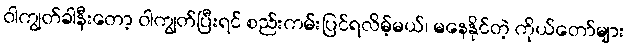
ဝါကျွတ်ခါနီးတော့ ဝါကျွတ်ပြီးရင် စည်းကမ်းပြင်ရလိမ့်မယ်၊ မနေနိုင်တဲ့ ကိုယ်တော်များ